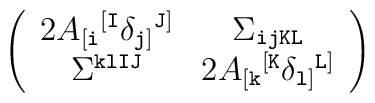
\left(\begin{array}{cc}2A_{[{\tt i}}{}^{[{\tt I}}\delta_{{\tt j}]}{}^{{\tt J}]}&\Sigma_{\tt ijKL}\\\Sigma^{\tt klIJ}&2A_{[{\tt k}}{}^{[{\tt K}}\delta_{{\tt l}]}{}^{{\tt L}]}\end{array}\right)